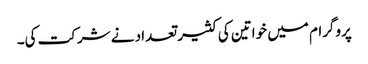
پروگرام میں خواتین کی کثیر تعداد نے شرکت کی۔